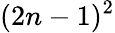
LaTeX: (2n-1)^{2}